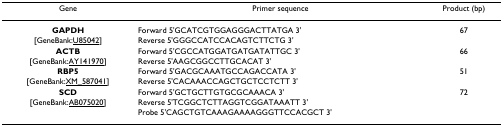
<table><thead><tr><td><b>Gene</b></td><td><b>Primer sequence</b></td><td><b>Product (bp)</b></td></tr></thead><tbody><tr><td><b>GAPDH</b></td><td>Forward 5&#x27;GCATCGTGGAGGGACTTATGA 3&#x27;</td><td>67</td></tr><tr><td>[GeneBank:U85042]</td><td>Reverse 5&#x27;GGGCCATCCACAGTCTTCTG 3&#x27;</td><td></td></tr><tr><td><b>ACTB</b></td><td>Forward 5&#x27;CGCCATGGATGATGATATTGC 3&#x27;</td><td>66</td></tr><tr><td>[GeneBank:AY141970]</td><td>Reverse 5&#x27;AAGCGGCCTTGCACAT 3&#x27;</td><td></td></tr><tr><td><b>RBP5</b></td><td>Forward 5&#x27;GACGCAAATGCCAGACCATA 3&#x27;</td><td>51</td></tr><tr><td>[GeneBank:XM_587041]</td><td>Reverse 5&#x27;CACAAACCAGCTGCTCCTCTT 3&#x27;</td><td></td></tr><tr><td><b>SCD</b></td><td>Forward 5&#x27;GCTGCTTGTGCGCAAACA 3&#x27;</td><td>72</td></tr><tr><td>[GeneBank:AB075020]</td><td>Reverse 5&#x27;TCGGCTCTTAGGTCGGATAAATT 3&#x27;</td><td></td></tr><tr><td></td><td>Probe 5&#x27;CAGCTGTCAAAGAAAAGGGTTCCACGCT 3&#x27;</td><td></td></tr></tbody></table>